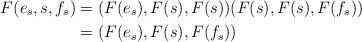
LaTeX: \begin{align*}F(e_s,s,f_s) &= (F(e_s),F(s),F(s))(F(s),F(s),F(f_s))\\ &= (F(e_s),F(s),F(f_s))\end{align*}